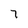
Character: 7